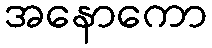
အနောကော